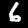
Label: 6